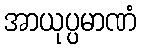
အာယုပ္ပမာဏံ